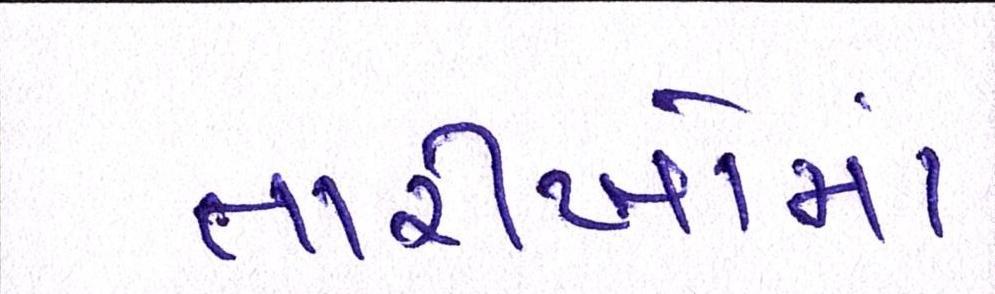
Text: તારીખોમાં